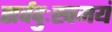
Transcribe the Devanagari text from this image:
सर्वदुःखमयं